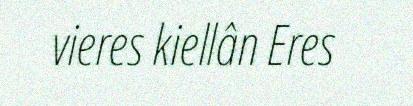
vieres kiellân Eres